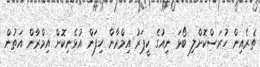
ތެރެއިން ހުރަސްކޮށްލި ބޯޅަ ނިއުގެ ކީޕަރު އިމްރާން ހިފަން އުޅެނިކޮށް އިމްރާން އަތުން